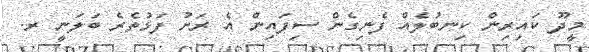
މީދޫ ކައިރިން ކިނބުލެއް ފެނިގެން ސިފައިން އެ ރަށު ފަޅުތެރެ ބަލަނީ ރ.